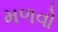
મળવો